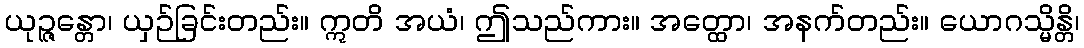
ယုဉ္ဇန္တော၊ ယှဉ်ခြင်းတည်း။ ဣတိ အယံ၊ ဤသည်ကား။ အတ္ထော၊ အနက်တည်း။ ယောဂသ္မိန္တိ၊